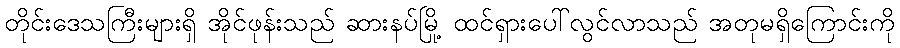
တိုင်းဒေသကြီးများရှိ အိုင်ဖုန်းသည် ဆားနပ်မြို့ ထင်ရှားပေါ်လွင်လာသည် အတုမရှိကြောင်းကို